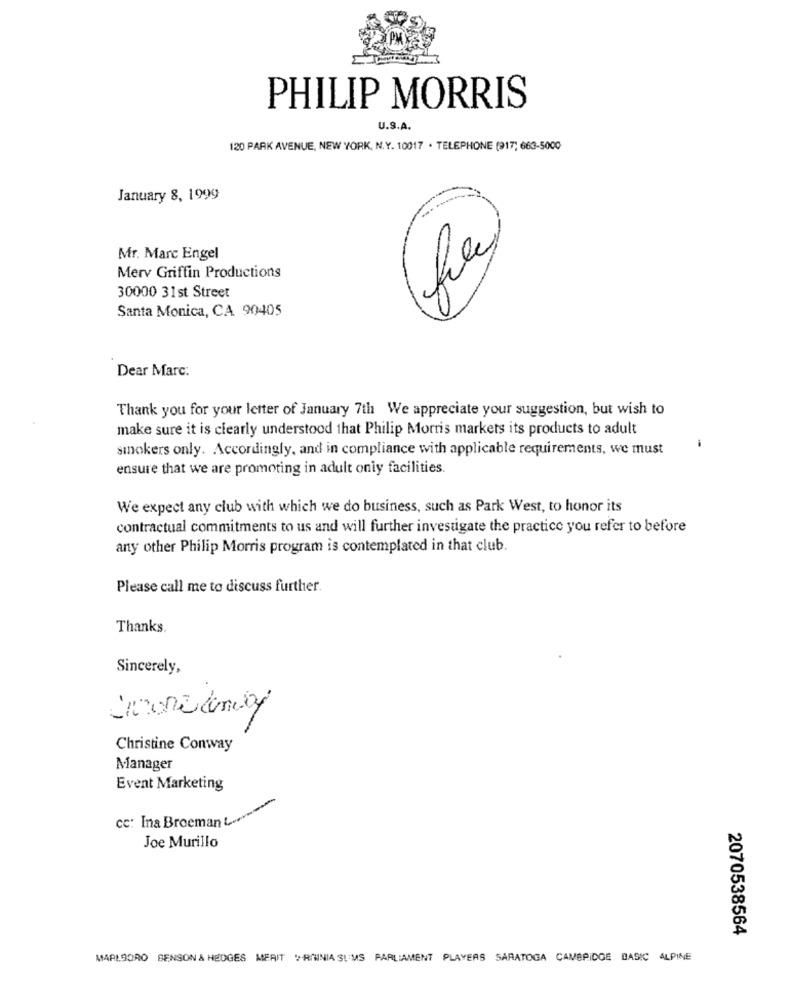
PHILIP MORRIS
U.S.A.
120 PARK AVENUE, NEW YORK, N.Y. 10017 . TELEPHONE (917; 663-5000
January 8, 1999
Mr. Marc Engel
Merv Griffin Productions
30000 31st Street
Santa Monica, CA 90405
Dear Marc:
Thank you for your letter of January 7th We appreciate your suggestion, but wish to
make sure it is clearly understood that Philip Morris markets its products to adult
smokers only. Accordingly, and in compliance with applicable requirements, we must
ensure that we are promoting in adult only facilities.
We expect any club with which we do business, such as Park West, to honor its
contractual commitments to us and will further investigate the practice you refer to before
any other Philip Morris program is contemplated in that club.
Please call me to discuss further.
Thanks.
Sincerely,
Christine Conway
Manager
Event Marketing
cc: Ina Broeman Lo
Joe Murillo
2070538564
MARLBORO BENSON & HEDGES MERIT VIRGINIA SUMS PARLIAMENT PLAYERS SARATOGA CAMBRIDGE BASIC ALPINE